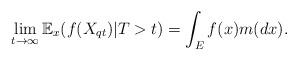
LaTeX: \begin{align*}\lim_{t\to\infty}\mathbb{E}_{x}(f(X_{qt})|T>t)=\int_{E}f(x)m(dx).\end{align*}